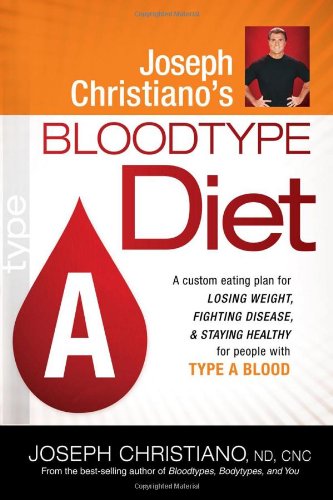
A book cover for Joseph Christiano's Bloodtype Diet A: A Custom Eating Plan for Losing Weight, Fighting Disease & Staying Healthy for People with Type A Blood; Joseph Christiano; Health, Fitness & Dieting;